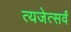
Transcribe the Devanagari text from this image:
त्यजेत्सर्वं